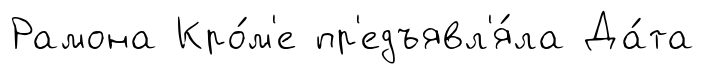
Рамона Кро́м'е пр'едъявл'я́ла Да́та